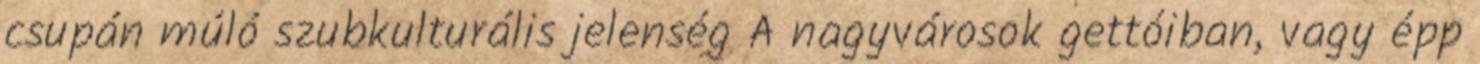
csupán múló szubkulturális jelenség A nagyvárosok gettóiban, vagy épp